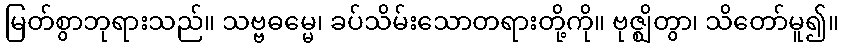
မြတ်စွာဘုရားသည်။ သဗ္ဗဓမ္မေ၊ ခပ်သိမ်းသောတရားတို့ကို။ ဗုဇ္ဈိတွာ၊ သိတော်မူ၍။